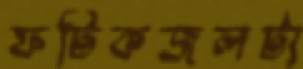
ফটিকজলটা